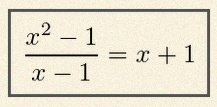
\frac{x^2-1}{x-1}=x+1